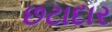
છટાદાર